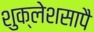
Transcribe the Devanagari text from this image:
शुक्लेशसापै